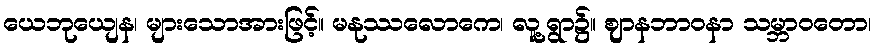
ယေဘုယျေန၊ များသောအားဖြင့်။ မနုဿလောကေ၊ လူ့ရွာ၌။ ဈာနဘာဝနာ သမ္ဘာဝတော၊